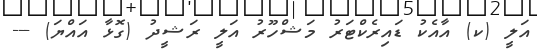
އަލީ (ކ) އާއެކު ޑައިރެކްޓަރު މަޝްހޫރު އަލީ ރަޝީދު (ގޮޅާ އައްޔަ) ---